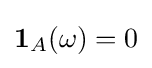
\mathbf {1} _{A}(\omega )=0